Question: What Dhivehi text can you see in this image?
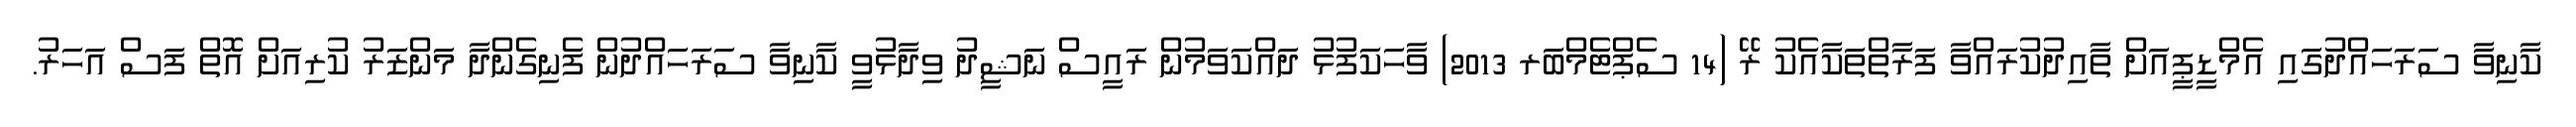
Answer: ކާނިވާ ސަރަހައްދުގައި އެމްޑީޕީއަށް ތާއިދުކުރައްވާ ފަރާތްތަކާއެކު ރޭ (14 ސެޕްޓެމްބަރ 2013) ވާހަކަފުޅު ދައްކަވަމުން ރައީސް ނަޝީދު ވިދާޅުވީ ކާނިވާ ސަރަހައްދުން ފެނިގެންދާ މަންޒަރު ކުރިއަށް އޮތް ފަސް އަހަރު.